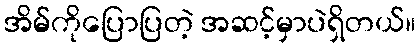
အိမ်ကိုပြောပြတဲ့ အဆင့်မှာပဲရှိတယ်။